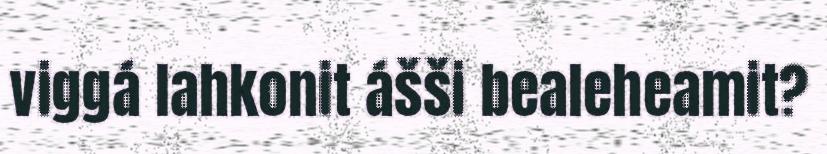
viggá lahkonit ášši bealeheamit?